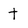
Character: t